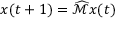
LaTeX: x ( t + 1 ) = { \widehat { \mathcal { M } } } x ( t )